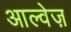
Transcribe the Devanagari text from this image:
आल्वेज़